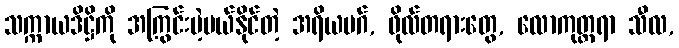
သက္ကာယဒိဋ္ဌိကို အကြွင်းမဲ့ပယ်နိုင်တဲ့ အရိယမဂ်, ဖိုလ်တရားတွေ, လောကုတ္တရာ သီလ,